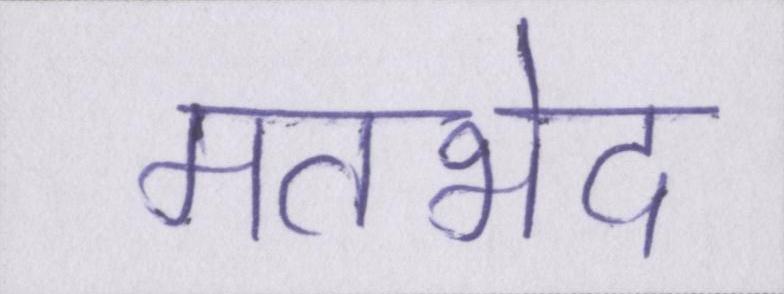
मतभेद